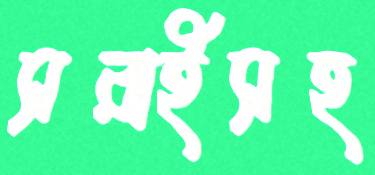
সরাইসহ